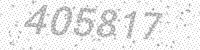
Solution: 405817